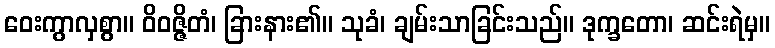
ဝေးကွာလှစွာ။ ဝိဝဇ္ဇိတံ၊ ခြားနား၏။ သုခံ၊ ချမ်းသာခြင်းသည်။ ဒုက္ခတော၊ ဆင်းရဲမှ။